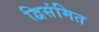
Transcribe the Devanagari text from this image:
द्विसंमित